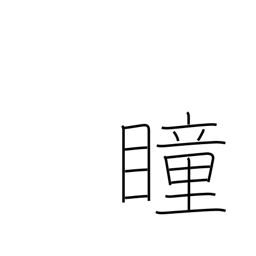
Meaning: pupil (of eye)